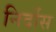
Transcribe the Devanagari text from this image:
निर्दोस